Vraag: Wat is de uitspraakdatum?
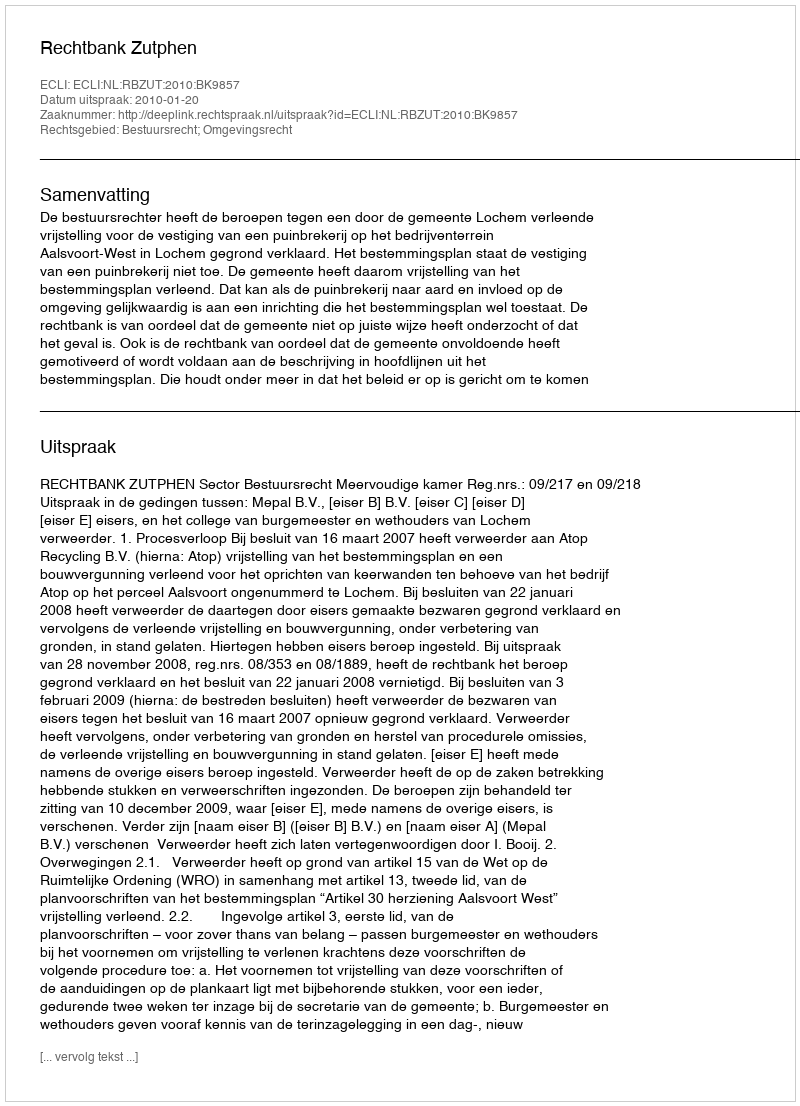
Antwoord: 2010-01-20